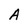
Character: A